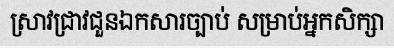
ស្រាវជ្រាវជួនឯកសារច្បាប់ សម្រាប់អ្នកសិក្សា